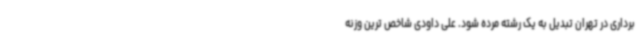
برداری در تهران تبدیل به یک رشته مرده شود. علی داودی شاخص ترین وزنه